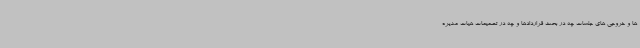
ها و خروجی های جلسات چه در بحث قراردادها و چه در تصمیمات هیات مدیره